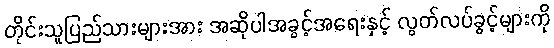
တိုင်းသူပြည်သားများအား အဆိုပါအခွင့်အရေးနှင့် လွတ်လပ်ခွင့်များကို